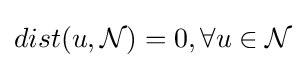
dist(u,{\mathcal {N}})=0,\forall u\in {\mathcal {N}}